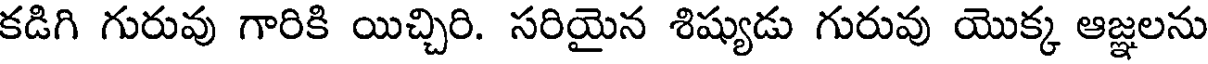
కడిగి గురువు గారికి యిచ్చిరి. సరియైన శిష్యుడు గురువు యొక్క ఆజ్ఞలను